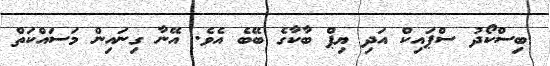
ބިސްކޯދު ސްޕައިކް އަދި ޔިޕް ބާކާގެ ބޭބެ އެވެ. އޭނާ ގިނައިން މަސައްކަތް